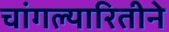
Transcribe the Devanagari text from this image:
चांगल्यारितीने